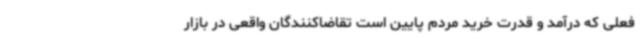
فعلی که درآمد و قدرت خرید مردم پایین است تقاضاکنندگان واقعی در بازار